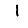
Digit: 1